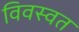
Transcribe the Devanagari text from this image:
विवस्वत